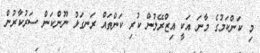
މި ކަންކަމުގެ މާނަ އަކީ އިޒްރޭލުން ކުރި ކަންތައް ރަނގަޅު ނޫންކަން ސަރުކާރުން